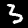
Label: 3